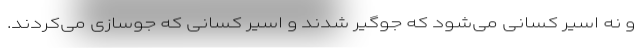
و نه اسیر کسانی می‌شود که جوگیر شدند و اسیر کسانی که جوسازی می‌کردند.